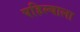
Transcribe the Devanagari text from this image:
पहिल्याला